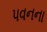
પવનના